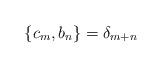
LaTeX: \begin{align*}\lbrace c_m, b_n \rbrace = {\delta}_{m+n}\end{align*}